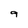
Character: 9